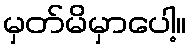
မှတ်မိမှာပေါ့။